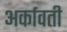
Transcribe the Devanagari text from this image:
अर्कावती